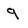
Character: 9